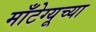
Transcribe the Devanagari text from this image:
माँटेग्यूच्या